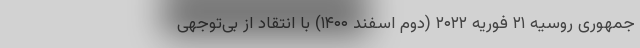
جمهوری روسیه ۲۱ فوریه ۲۰۲۲ (دوم اسفند ۱۴۰۰) با انتقاد از بی‌توجهی